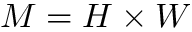
M = H \times W